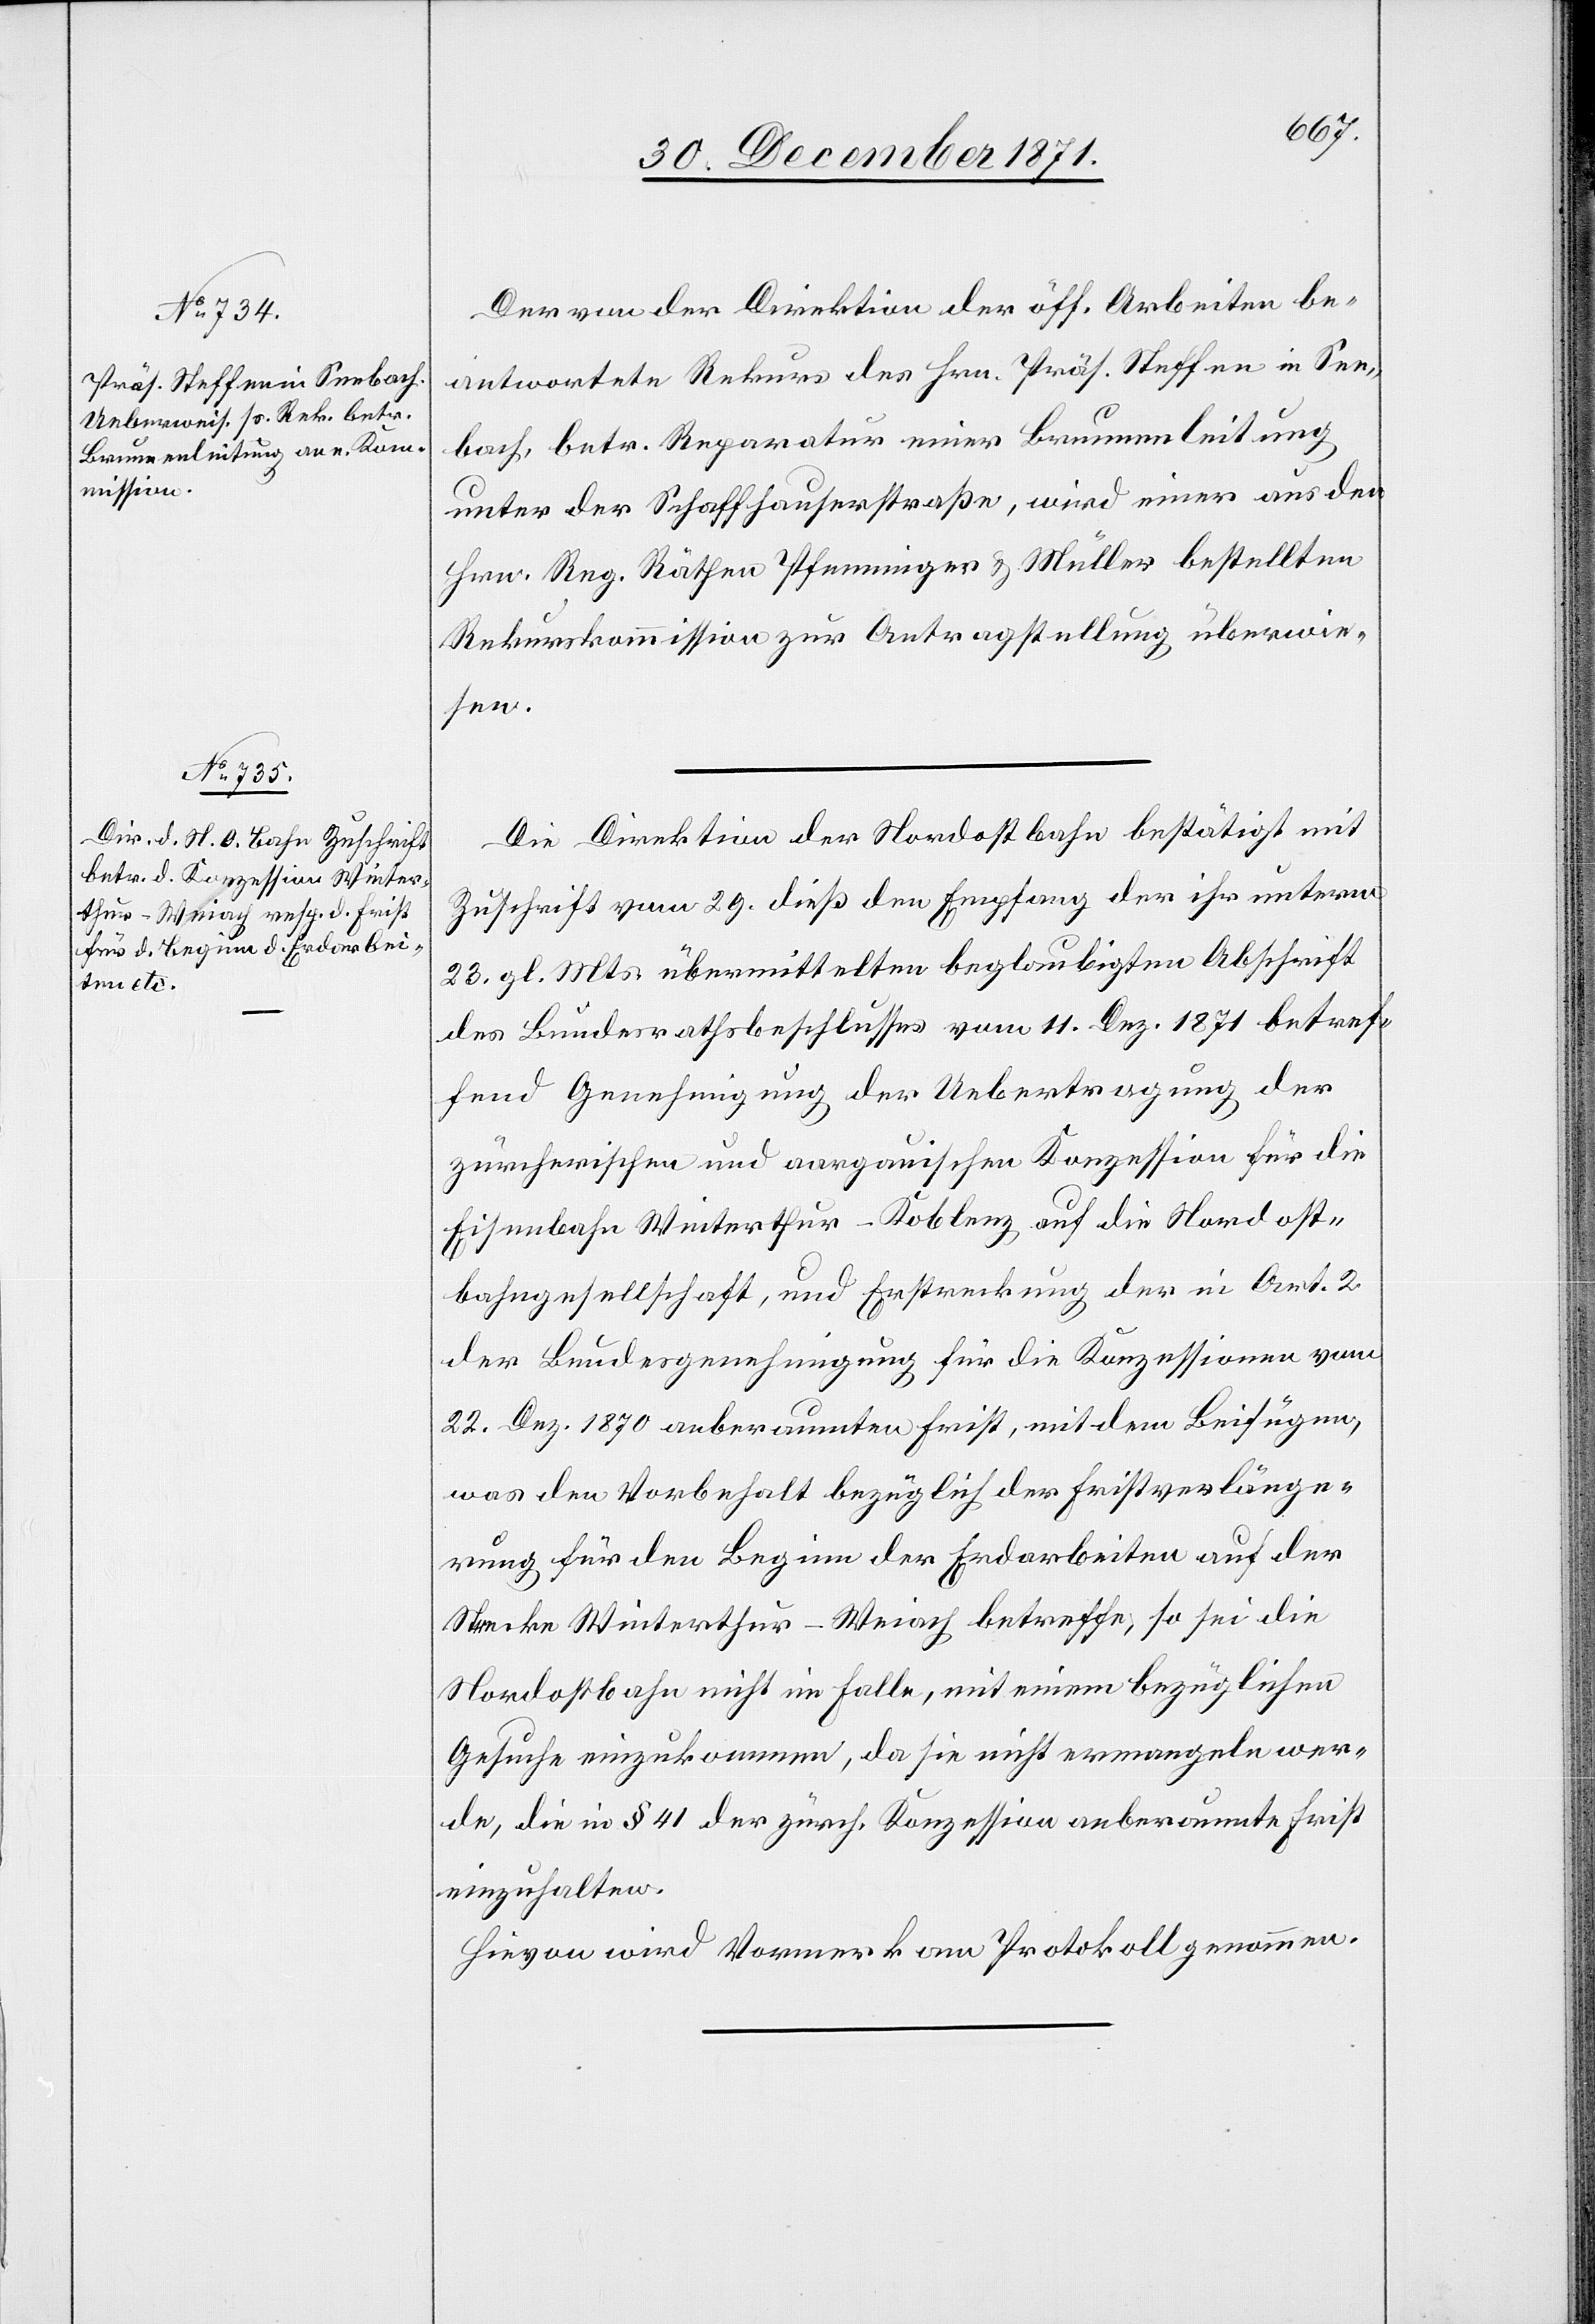
Der von der Direktion der öff. Arbeiten be¬
antwortete Rekurs des Hrn. Präs. Steffen in See¬
bach, betr. Reparatur einer Brunnenleitung
unter der Schaffhauserstraße, wird einer aus den
Hrn. Reg. Räthen Pfenninger & Müller bestellten
Rekurskommission zur Antragstellung überwie¬
sen.
Die Direktion der Nordostbahn bestätigt mit
Zuschrift vom 29. dieß den Empfang der ihr unterm
23. gl. Mts. übermittelten beglaubigten Abschrift
des Bundesrathsbeschlusses vom 11. Dez. 1871 betref¬
fend Genehmigung der Uebertragung der
zürcherischen und aargauischen Konzession für die
Eisenbahn Winterthur–Koblenz auf die Nordost¬
bahngesellschaft, und Erstreckung der in Art. 2
der Bundesgenehmigung für die Konzessionen vom
22. Dez. 1870 anberaumten Frist, mit dem Beifügen,
was den Vorbehalt bezüglich der Fristverlänge¬
rung für den Beginn der Erdarbeiten auf der
Strecke Winterthur–Weiach betreffe, so sei die
Nordostbahn nicht im Falle, mit einem bezüglichen
Gesuche einzukommen, da sie nicht ermangeln wer¬
de, die in § 41 der zürch. Konzession anberaumte Frist
einzuhalten.
Hievon wird Vormerk am Protokoll genommen.